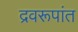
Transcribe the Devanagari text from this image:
द्रवरूपांत